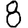
Digit: 8